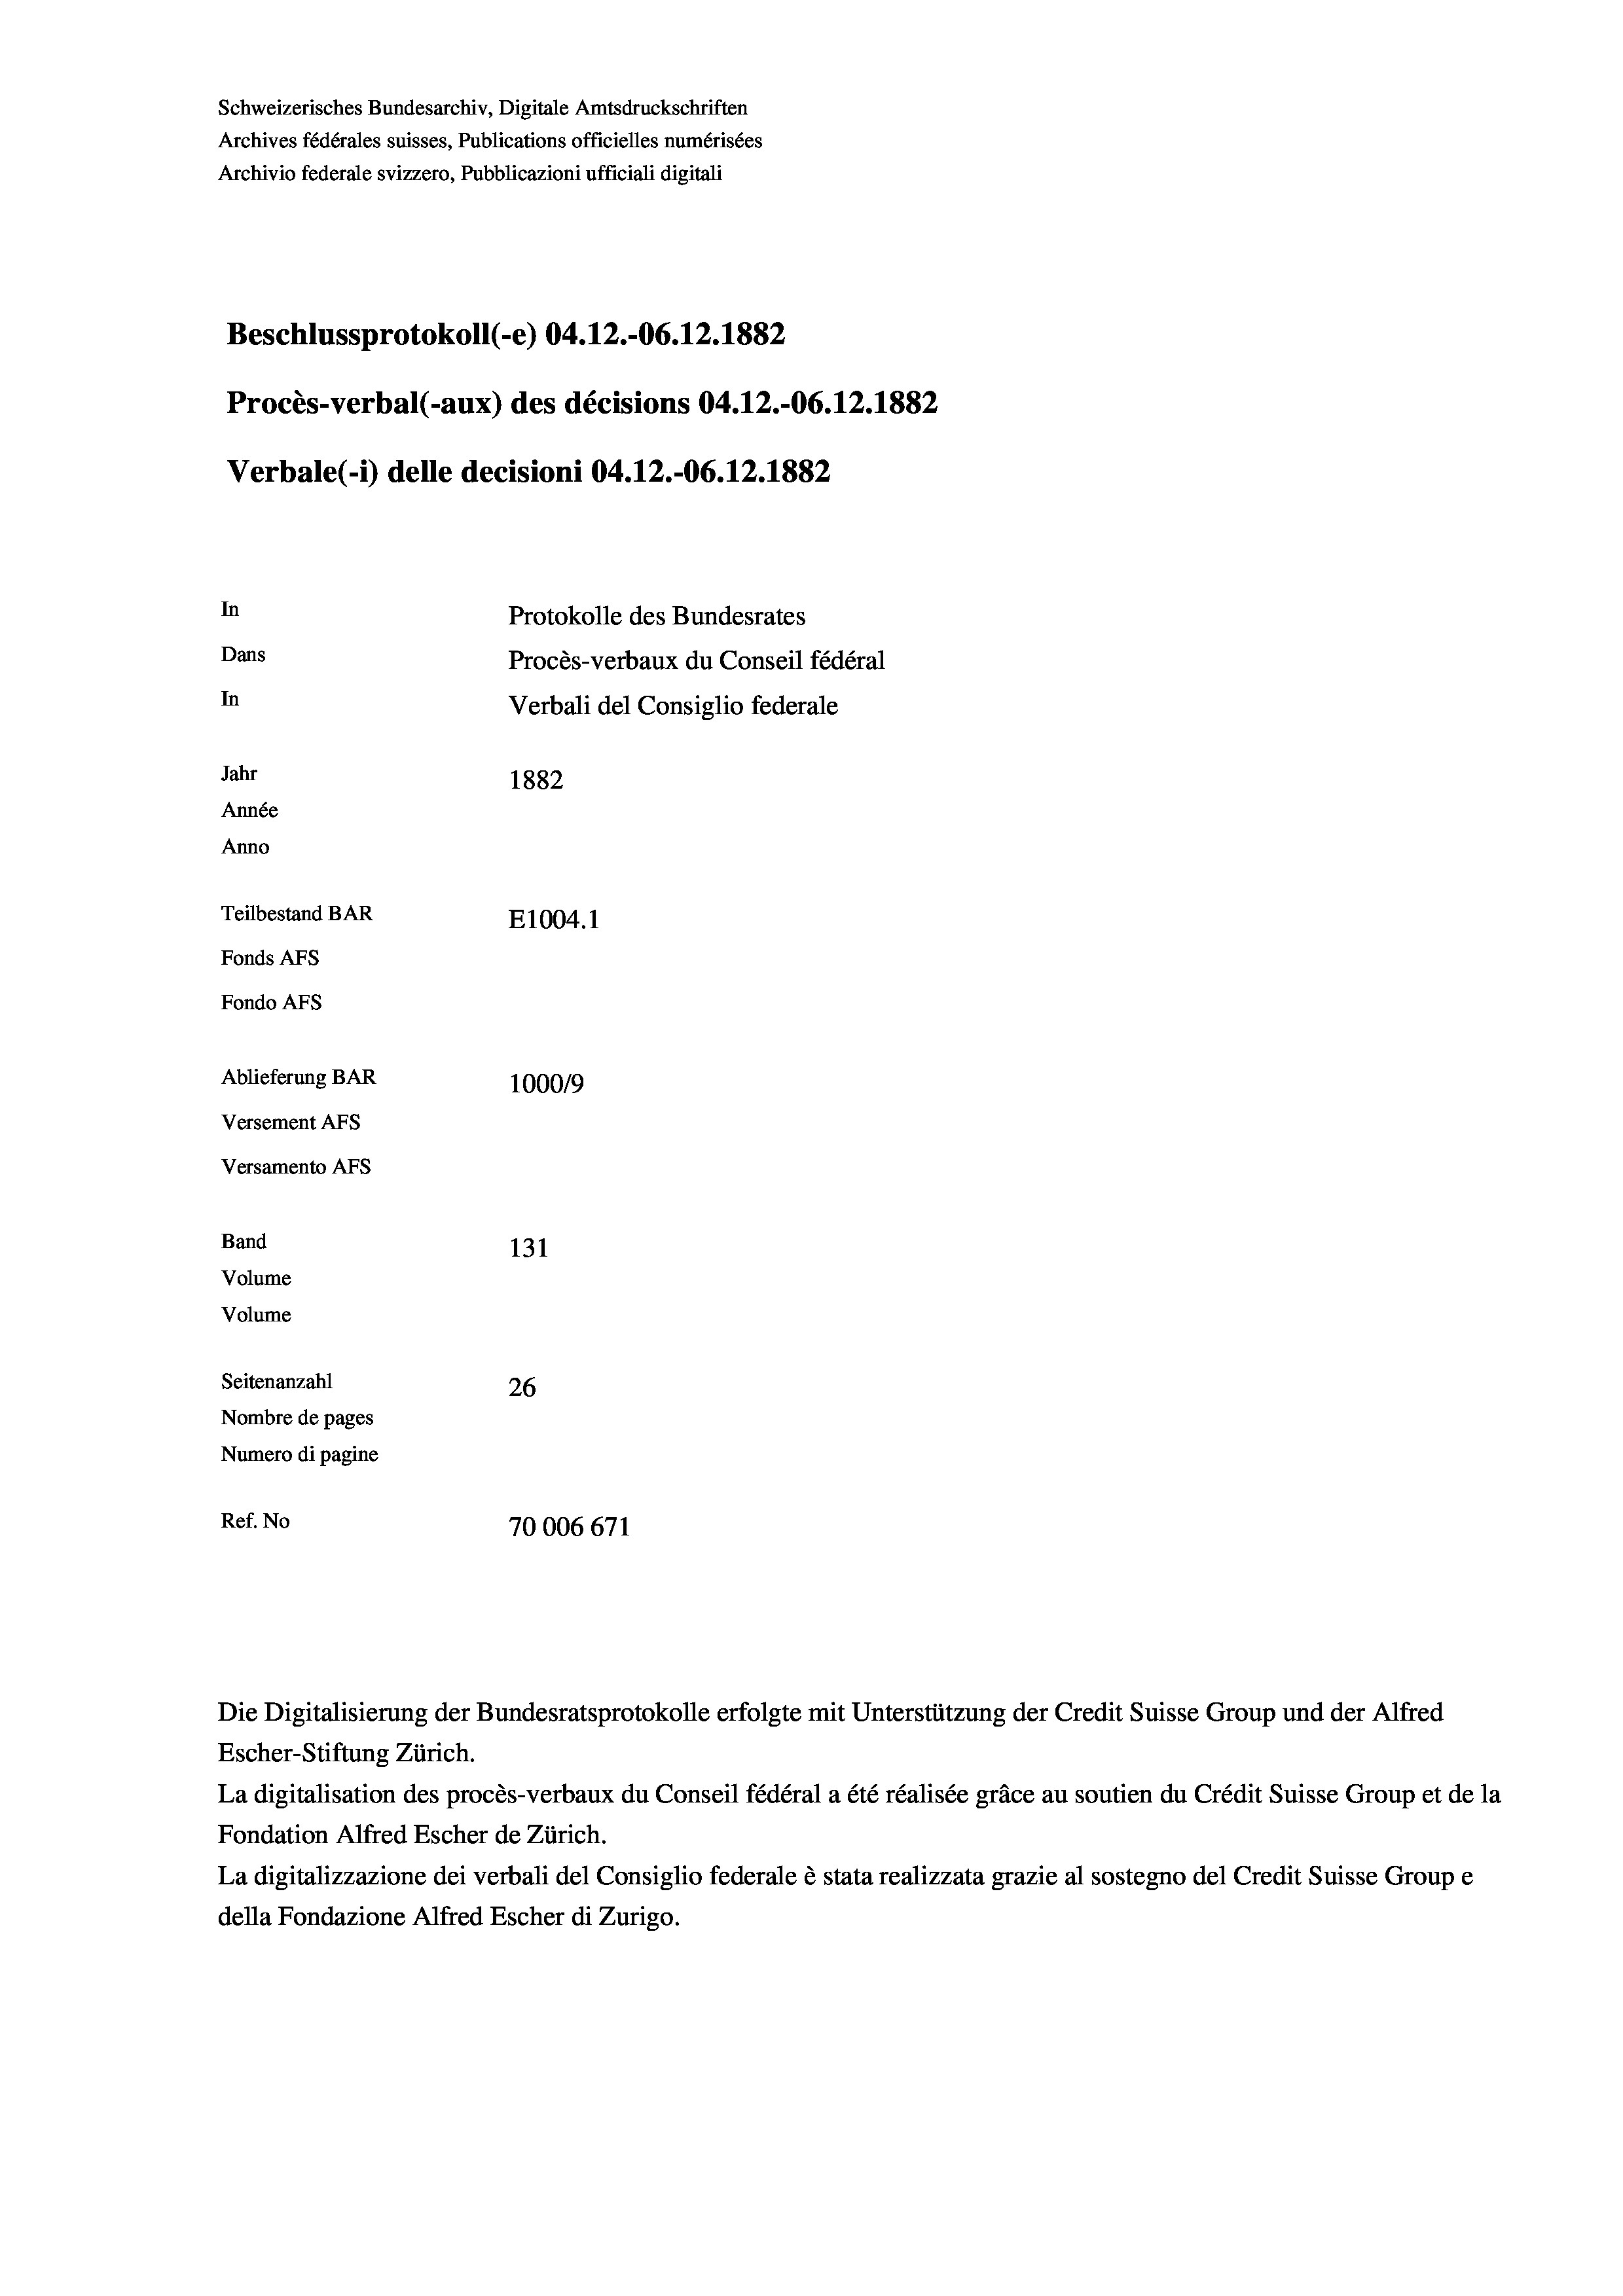
Schweizerisches Bundesarchiv, Digitale Amtsdruckschriften
Archives fédérales suisses, Publications officielles numérisées
Archivio federale svizzero, Pubblicazioni ufficiali digitali
Beschlussprotokoll (-e) 04.12.-06.12.1882
Procès-verbal (-aux) des décisions 04.12.-06.12.1882
Verbale(-*) delle decisioni 04.12.-06. 12. 1882
In
Protokolle des Bundesrates
Dans
Procès-verbaux du Conseil fédéral
In
Verbali del Consiglio federale
Jahr
1882
Année
Anno
Teilbestand BAR
E1004. 1
Fonds AFs
Fondo AFS
Ablieferung BAR
100019
Versement AFs
Versamento Afs
Band
131
Volume
Volume
Seitenanzahl
26
Nombre de pages
Numero di pagine
Ref. No
70006671

Die Digitalisierung der Bundesratsprotokolle erfolgte mit Unterstützung der Credit Suisse Group und der Alfred
Escher-Stiftung Zürich.
La digitalisation des procès-verbaux du Conseil fédéral a été réalisée gräce au soutien du Crédit Suisse Group et de la
Fondation Alfred Escher de Zürich.
La digitalizzazione dei verbali del Consiglio federale è stata realizzata grazie al sostegno del Credit Suisse Groupe
della Fondazione Alfred Escher di Zurigo.